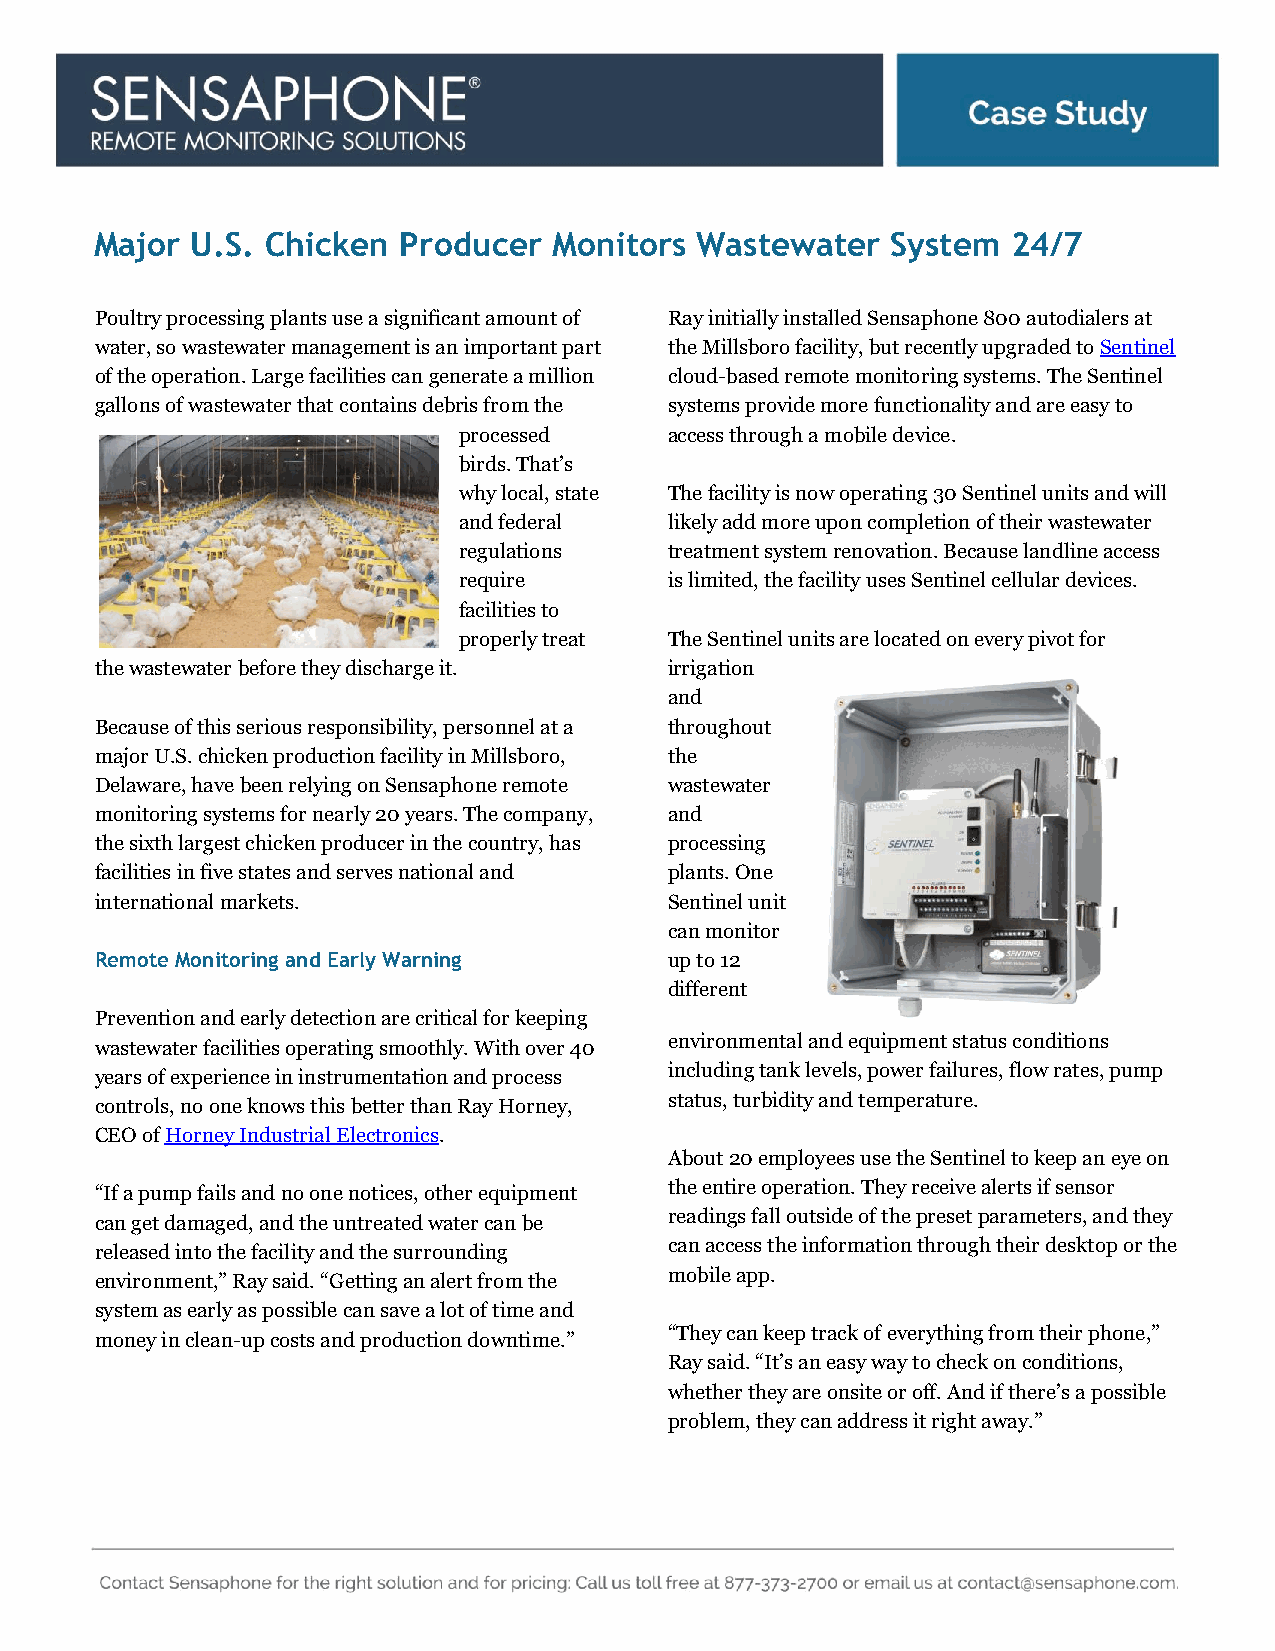
Major  U.S. Chicken Producer   Monitors Wastewater   System  24/7
 Poultry processing plants use a significant amount of Ray initially installed Sensaphone 800 autodialers at
 water, so wastewater management is an important part the Millsboro facility, but recently upgraded to Sentinel
 of the operation. Large facilities can generate a million cloud-based remote monitoring systems. The Sentinel
 gallons of wastewater that contains debris from the systems provide more functionality and are easy to
 processed     access through a mobile device.
 birds. That’s
 why local, state The facility is now operating 30 Sentinel units and will
 and federal   likely add more upon completion of their wastewater
 regulations   treatment system renovation. Because landline access
 require       is limited, the facility uses Sentinel cellular devices.
 facilities to
 properly treat The Sentinel units are located on every pivot for
 the wastewater before they discharge it. irrigation
 and
 Because of this serious responsibility, personnel at a throughout
 major U.S. chicken production facility in Millsboro, the
 Delaware, have been relying on Sensaphone remote wastewater
 monitoring systems for nearly 20 years. The company, and
 the sixth largest chicken producer in the country, has processing
 facilities in five states and serves national and plants. One
 international markets.                Sentinel unit
 can monitor
 Remote Monitoring and Early Warning   up to 12
 different
 Prevention and early detection are critical for keeping
 environmental and equipment status conditions
 wastewater facilities operating smoothly. With over 40
 including tank levels, power failures, flow rates, pump
 years of experience in instrumentation and process
 controls, no one knows this better than Ray Horney, status, turbidity and temperature.
 CEO of Horney Industrial Electronics.
 About 20 employees use the Sentinel to keep an eye on
 “If a pump fails and no one notices, other equipment the entire operation. They receive alerts if sensor
 can get damaged, and the untreated water can be readings fall outside of the preset parameters, and they
 can access the information through their desktop or the
 released into the facility and the surrounding
 environment,” Ray said. “Getting an alert from the mobile app.
 system as early as possible can save a lot of time and
 “They can keep track of everything from their phone,”
 money in clean-up costs and production downtime.”
 Ray said. “It’s an easy way to check on conditions,
 whether they are onsite or off. And if there’s a possible
 problem, they can address it right away.”